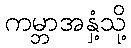
ကမ္ဘာအနှံ့သို့